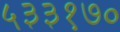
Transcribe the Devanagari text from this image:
५३३१७०